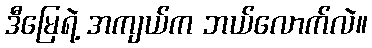
ဒီမြေရဲ့ အကျယ်က ဘယ်လောက်လဲ။